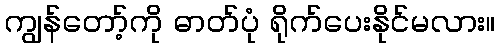
ကျွန်တော့်ကို ဓာတ်ပုံ ရိုက်ပေးနိုင်မလား။